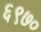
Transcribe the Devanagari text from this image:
६९७०